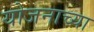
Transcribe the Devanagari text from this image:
योजनाच्या